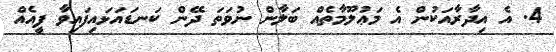
4. އެ އިދާރާއަކުން އެ މަޢުލޫމާތެއް ބަލާން ނުވަތަ ދޭން ކަނޑައަޅައިފައިވާ ފީއެއް